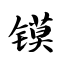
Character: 镆